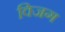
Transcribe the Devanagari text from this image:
विजग